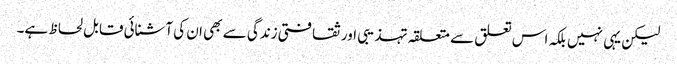
لیکن یہی نہیں بلکہ اس تعلق سے متعلقہ تہذیبی اور ثقافتی زندگی سے بھی ان کی آشنائی قابل لحاظ ہے۔